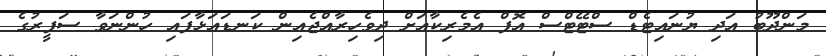
މަންދޫބު އަދި ޔުނައިޓެޑް ސްޓޭޓްސް އޮފް އެމެރިކާއަށް ދިވެހިރާއްޖެއިން ކަނޑައަޅާފައި ހުންނަވާ ސަފީރުގެ